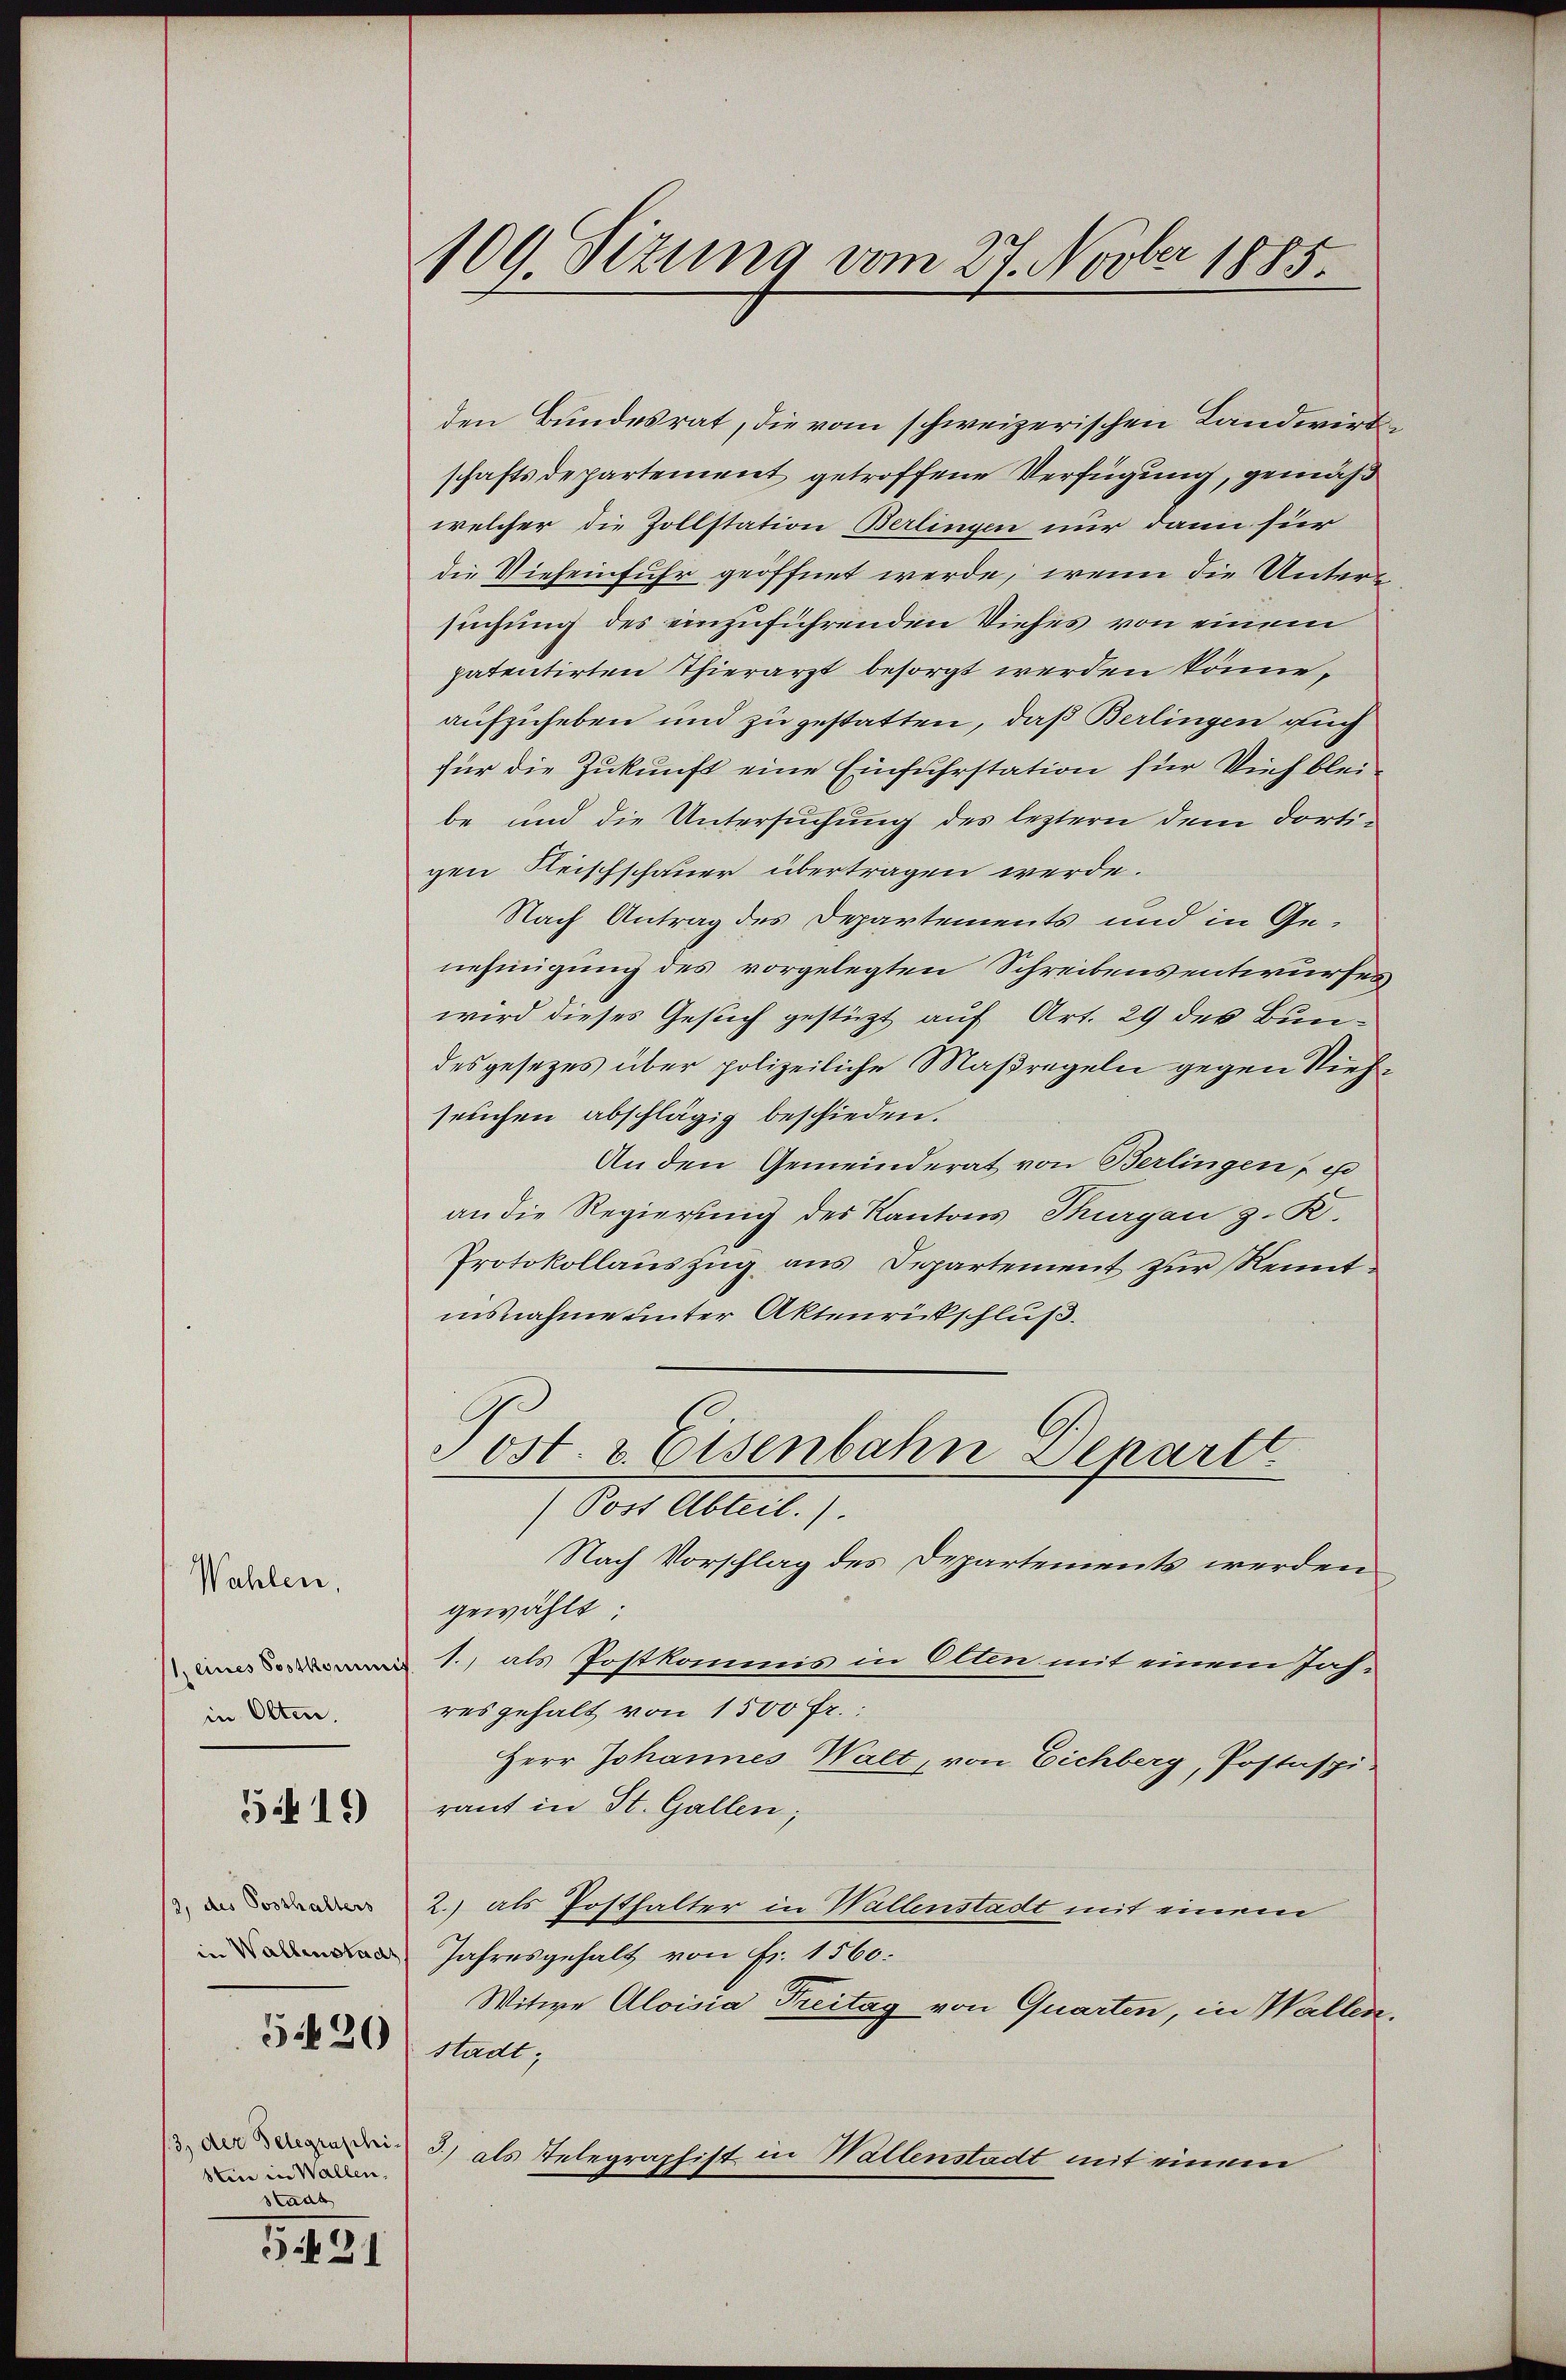
Wahlen.
1, eines Postkomm
in Olten.

5419

3, des Posthalters
in Wallenstadt

5420

3) der Telegraphi
stin in Wallen.
Stadt

531

109. Situng vom 27. Novber 1885.

den Bundesrat, die vom schweizerischen Landwirtschaftsdepartement getroffene Verfügung, gemäß
welcher die Zollstation Berlingen nur dann für
die Vieheinfuhr geöffnet werde, wenn die Untersuchung des einzuführenden Viehes von einem
patentirten Thierarzt besorgt werden könne,
aufzuheben und zu gestatten, daß Berlingen auch
für die Zukunft eine Einfuhrstation für Vieh bleibe und die Untersuchung des leztern dem dortigen Fleischschauer übertragen werde.
Nach Antrag des Departements und in Genehmigung des vorgelegten Schreibensentwurfes
wird dieses Gesuch gestüzt auf Art. 29 des Bundes gesezes über polizeiliche Maßregeln gegen Viehseuchen abschlägig beschieden.
An den Gemeinderat von Berlingen, es
an die Regierung des Kantons Thurgau z. R.
Protokollauszug aus Departement zur Kenntinsnahme unter Aktenrückschluß.
Post. & Eisenbahn Depart.
(Post Abteil.).
Nach Vorschlag des Departements werden
gewählt:
 1.) als Postkommis in Olten mit einem Jahres gehalt von 1500 Fr.
Herr Johannes Walt, von Eichberg, Postaspi-
raut in St. Gallen;
2.) als Posthalter in Wallenstadt mit einem
Jahresgehalt von Fr. 1560:
Witwe Aloisia Treitag von Quarten, in Wallen.
stadt.
3) als Telegraphist in Hallenstadt mit einem